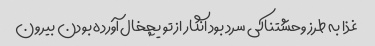
غذا به طرز وحشتناکی سرد بود انگار از تو یچخال آورده بودن بیرون